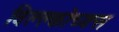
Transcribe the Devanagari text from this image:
विल्ल्कोच्क्स